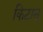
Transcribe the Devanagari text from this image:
किटानू